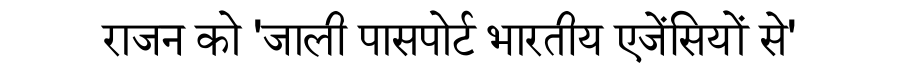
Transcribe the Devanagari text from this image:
राजन को 'जाली पासपोर्ट भारतीय एजेंसियों से'